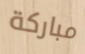
مباركة